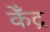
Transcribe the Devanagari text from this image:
केँद्र